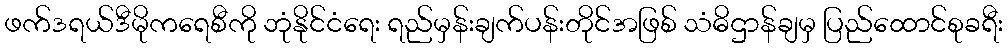
ဖက်ဒရယ်ဒီမိုကရေစီကို ဘုံနိုင်ငံရေး ရည်မှန်းချက်ပန်းတိုင်အဖြစ် သံဓိဌာန်ချမှ ပြည်ထောင်စုခရီး